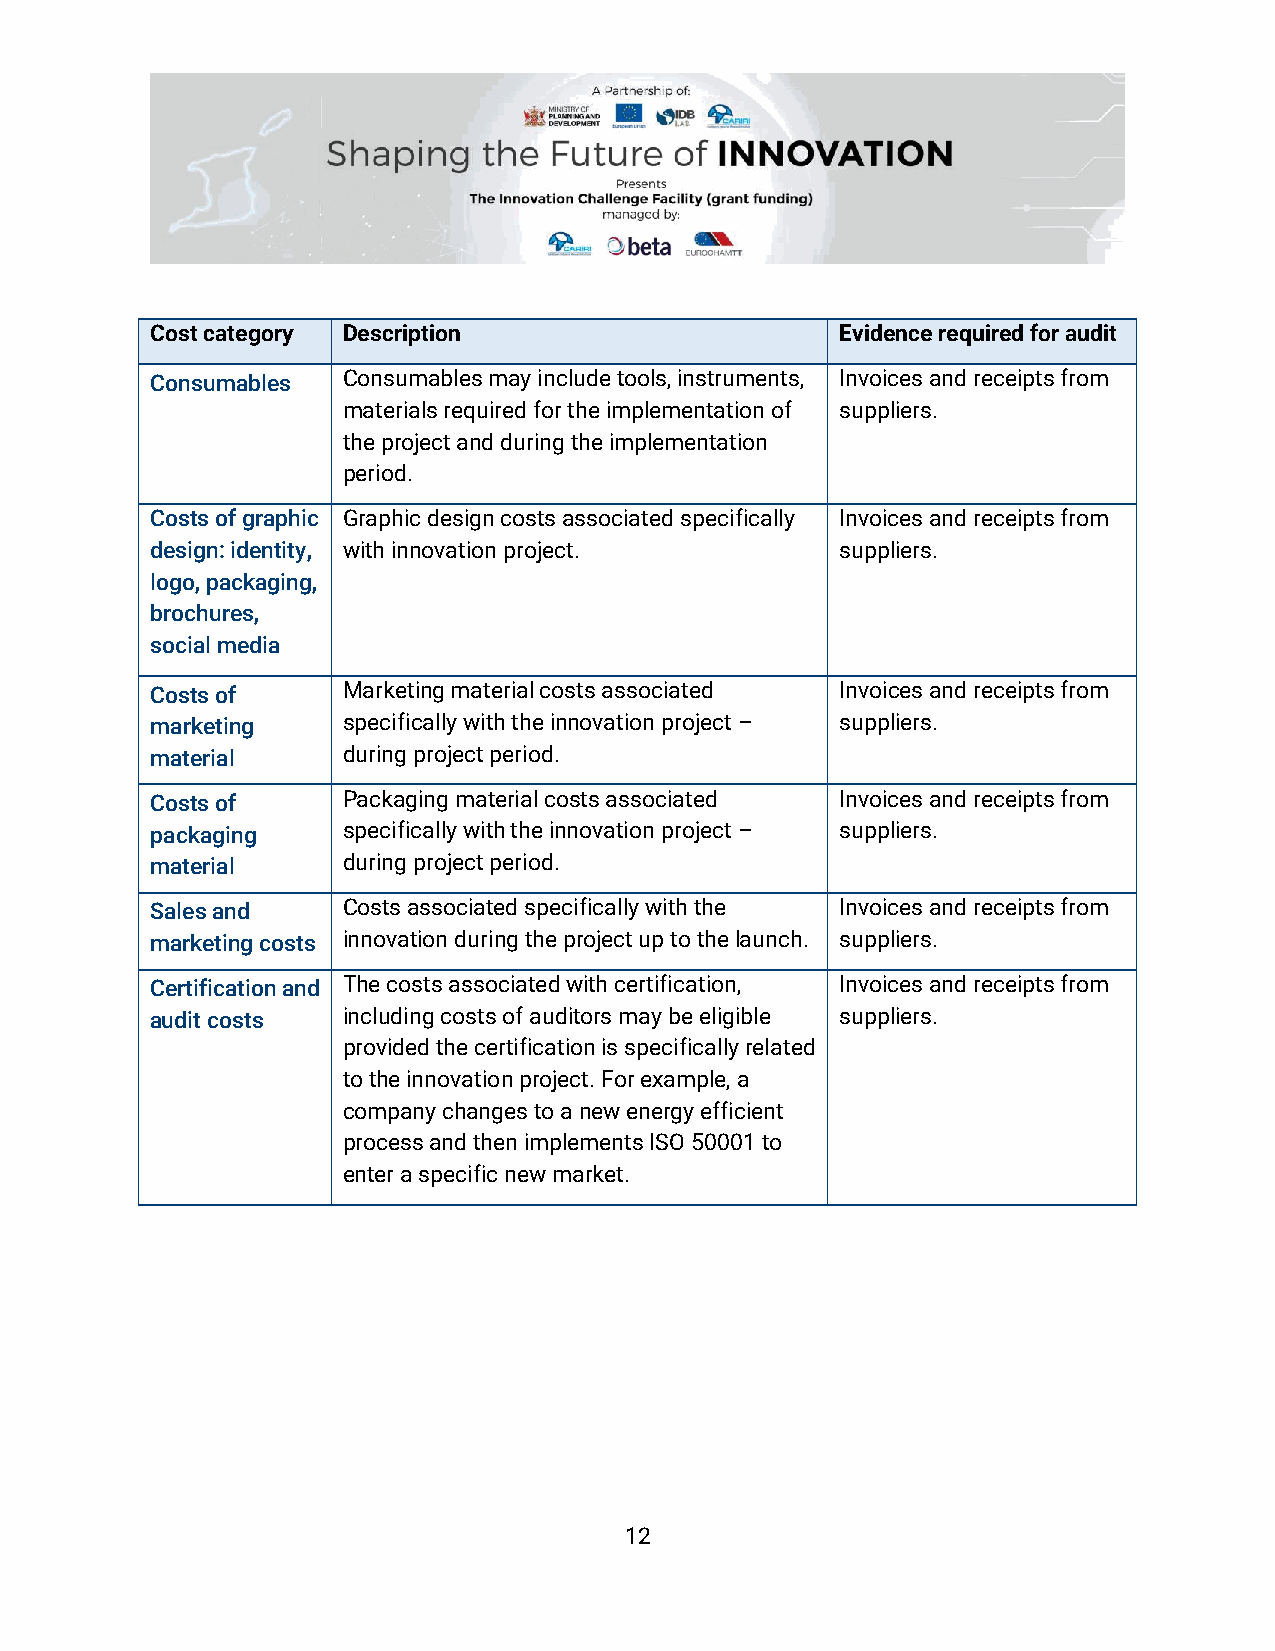
Cost category Description                     Evidence required for audit
 Consumables  Consumables may include tools, instruments, Invoices and receipts from
 materials required for the implementation of suppliers.
 the project and during the implementation
 period.
 Costs of graphic Graphic design costs associated specifically Invoices and receipts from
 design: identity, with innovation project.    suppliers.
 logo, packaging,
 brochures,
 social media
 Costs of     Marketing material costs associated Invoices and receipts from
 marketing    specifically with the innovation project – suppliers.
 material     during project period.
 Costs of     Packaging material costs associated Invoices and receipts from
 packaging    specifically with the innovation project – suppliers.
 material     during project period.
 Sales and    Costs associated specifically with the Invoices and receipts from
 marketing costs innovation during the project up to the launch. suppliers.
 Certification and The costs associated with certification, Invoices and receipts from
 audit costs  including costs of auditors may be eligible suppliers.
 provided the certification is specifically related
 to the innovation project. For example, a
 company changes to a new energy efficient
 process and then implements ISO 50001 to
 enter a specific new market.
 12